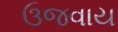
ઉજવાય